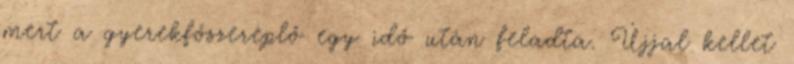
mert a gyerekfőszereplő egy idő után feladta. Újjal kellet